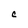
Character: C